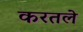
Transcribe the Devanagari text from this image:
करतले